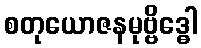
စတုယောဇနမုဗ္ဗိဒ္ဓေါ